Lock hospitals Punjab
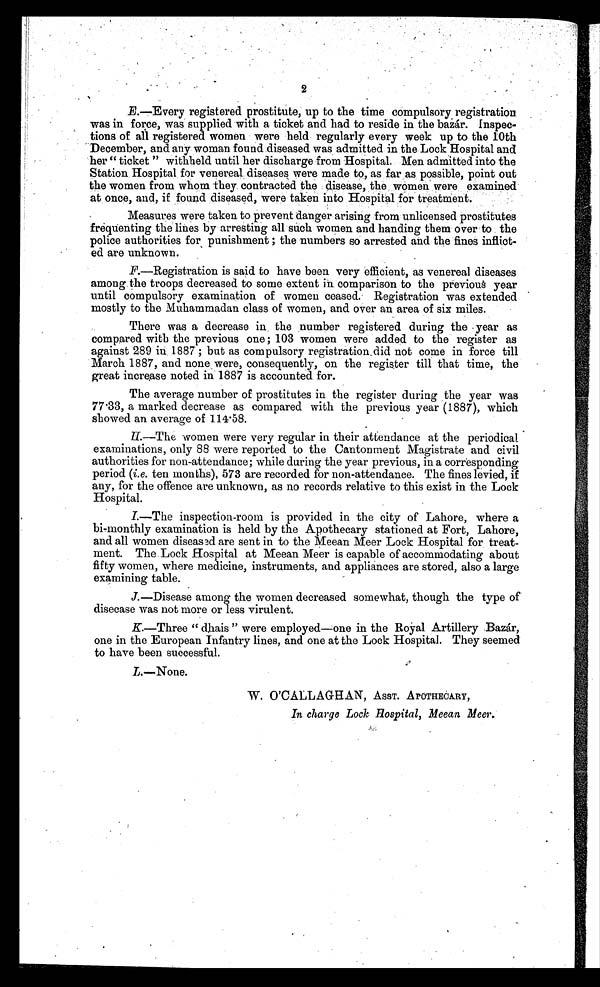
2
E.—Every registered prostitute, up to the time compulsory registration
was in force, was supplied with a ticket and had to reside in the bazár. Inspec-
tions of all registered women were held regularly every week up to the 10th
December, and any woman found diseased was admitted in the Lock Hospital and
her " ticket " withheld until her discharge from Hospital. Men admitted into the
Station Hospital for venereal diseases were made to, as far as possible, point out
the women from whom they contracted the disease, the women were examined
at once, and, if found diseased, were taken into Hospital for treatment.
Measures were taken to prevent danger arising from unlicensed prostitutes
frequenting the lines by arresting all such women and handing them over to the
police authorities for punishment ; the numbers so arrested and the fines inflict-
ed are unknown.
F.—Registration is said to have been very efficient, as venereal diseases
among the troops decreased to some extent in comparison to the previous year
until compulsory examination of women ceased. Registration was extended
mostly to the Muhammadan class of women, and over an area of six miles.
There was a decrease in the number registered during the year as
compared with the previous one; 103 women were added to the register as
against 289 in 1887 ; but as compulsory registration did not come in force till
March 1887, and none were, consequently, on the register till that time, the
great increase noted in 1887 is accounted for.
The average number of prostitutes in the register during the year was
77.33, a marked decrease as compared with the previous year (1887), which
showed an average of 114.58
H—
The women were very regular in their attendance at the periodical
examinations, only 88 were reported to the Cantonment Magistrate and civil
authorities for non-attendance; while during the year previous, in a corresponding
period (i.e. ten months), 573 are recorded for non-attendance. The fines levied, if
any, for the offence are unknown, as no records relative to this exist in the Lock
Hospital.
I.—The inspection-room is provided in the city of Lahore, where a
bi-monthly examination is held by the Apothecary stationed at Fort, Lahore,
and all women diseased are sent in to the Meean Meer Lock Hospital for treat-
ment. The Lock Hospital at Meean Meer is capable of accommodating about
fifty women, where medicine, instruments, and appliances are stored, also a large
examining table.
J.—Disease among the women decreased somewhat, though the type of
disecase was not more or less virulent.
K.—Three " dhais " were employed—one in the Royal Artillery Bazár,
one in the European Infantry lines, and one at the Lock Hospital. They seemed
to have been successful.
L.—None.
W. O'CALLAGHAN, ASST. APOTHECARY,
In charge Lock Hospital, Meean Meer.